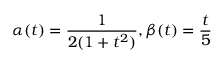
\alpha ( t ) = \frac { 1 } { 2 ( 1 + t ^ { 2 } ) } , \beta ( t ) = \frac { t } { 5 }